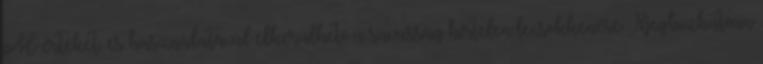
pH-értéket, és használatával elkerülhető a savasság hirtelen lecsökkenése. Megbízhatóan